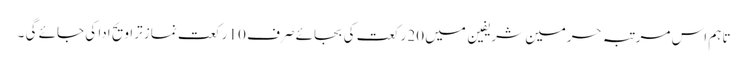
تاہم اس مرتبہ حرمین شریفین میں 20 رکعت کی بجائے صرف 10 رکعت نماز تراویح ادا کی جائے گی ۔